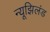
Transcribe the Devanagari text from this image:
न्यूझिलंड